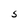
Character: S